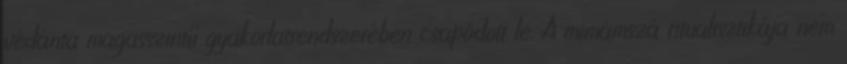
védánta magasszintű gyakorlatrendszerében csapódott le. A mimámszá ritualisztikája nem